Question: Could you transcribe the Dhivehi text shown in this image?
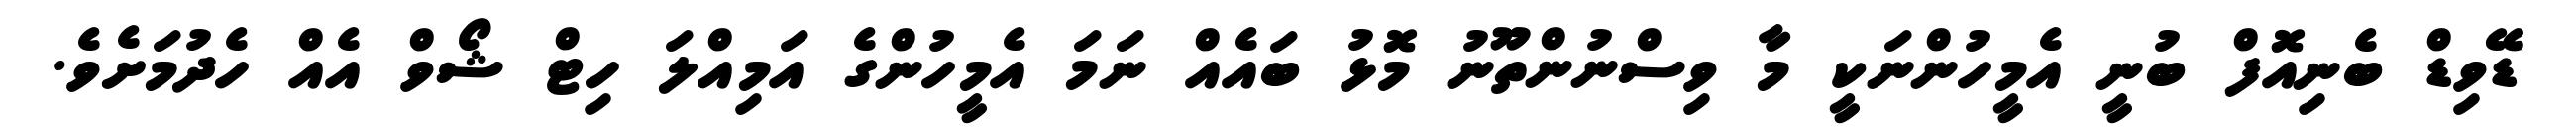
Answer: ޑޭވިޑް ބެނިއޮފް ބުނީ އެމީހުންނަކީ މާ ވިސްނުންތޫނު މޮޅު ބައެއް ނަމަ އެމީހުންގެ އަމިއްލަ ހިޓް ޝޯވް އެއް ހެދުމަށެވެ.